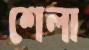
শেলা